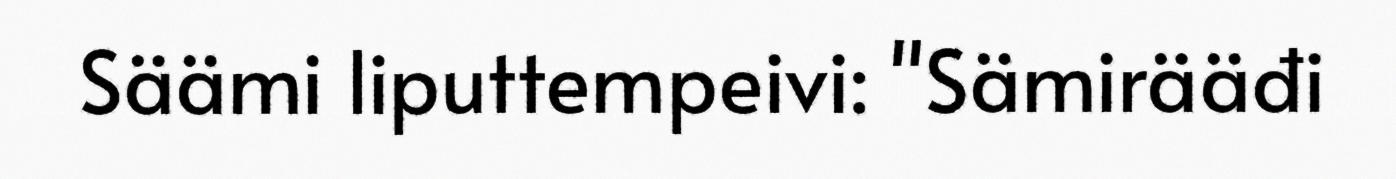
Säämi liputtempeivi: "Sämirääđi